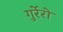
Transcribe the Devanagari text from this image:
गुर्रेरो